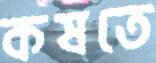
কষতে